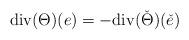
LaTeX: \begin{align*}\mathrm{div} (\Theta) (e) = - \mathrm{div} (\check{\Theta}) (\check{e})\end{align*}